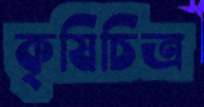
কৃষিচিত্র